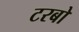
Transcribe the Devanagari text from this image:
टरबो